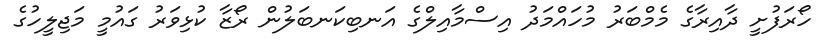
ހޯރަފުށީ ދާއިރާގެ މެމްބަރު މުހައްމަދު އިސްމާއިލްގެ އަނބިކަނބަލުން ރޯޒާ ކުޅިވަރު ގައުމީ މަޖިލީހުގެ